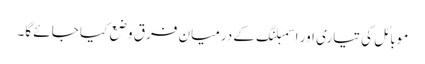
موبائل کی تیاری اور اسمبلنگ کے درمیان فرق وضع کیا جائے گا۔